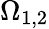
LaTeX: \Omega_{1,2}